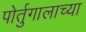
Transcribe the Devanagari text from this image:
पोर्तुगालाच्या